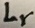
Text: Lr